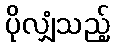
ပိုလျှံသည့်